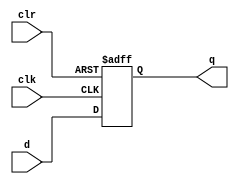
module adff
    (d, clk, clr, q);
     input d, clk, clr;
	(* init = 1'h0 *)
    output reg q;
    initial begin
      q = 0;
    end
	always @( posedge clk, posedge clr )
		if ( clr )
			q <= 1'b0;
		else
            q <= d;
endmodule